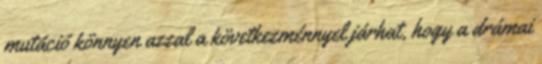
mutáció könnyen azzal a következménnyel járhat, hogy a drámai